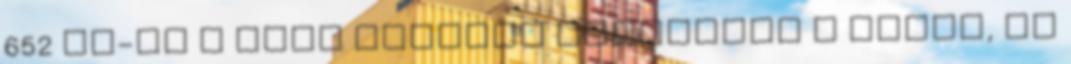
652 tv-re a HDMI kábelen keresztül a képet, kb